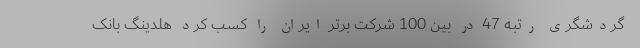
گردشگری رتبه 47 در بین 100 شرکت برتر ایران را کسب کرد هلدینگ بانک